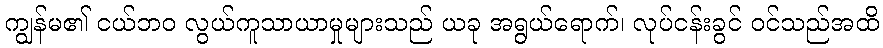
ကျွန်မ၏ ငယ်ဘဝ လွယ်ကူသာယာမှုများသည် ယခု အရွယ်ရောက်၊ လုပ်ငန်းခွင် ဝင်သည်အထိ